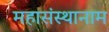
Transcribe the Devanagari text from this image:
महासंस्थानाम